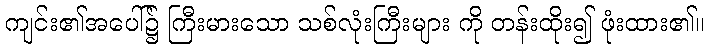
ကျင်း၏အပေါ်၌ ကြီးမားသော သစ်လုံးကြီးများ ကို တန်းထိုး၍ ဖုံးထား၏။